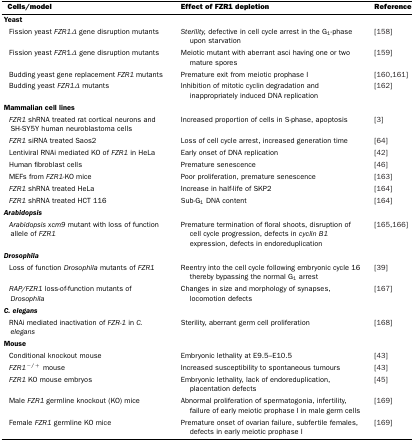
| Cells/model | Effect of FZR1 depletion | Reference |
 | --- | --- | --- |
 | <COLSPAN=3> Yeast |
 | Fission yeast FZR1Δ gene disruption mutants | Sterility, defective in cell cycle arrest in the G1-phase upon starvation | [158] |
 | Fission yeast FZR1Δ gene disruption mutants | Meiotic mutant with aberrant asci having one or two mature spores | [159] |
 | Budding yeast gene replacement FZR1 mutants | Premature exit from meiotic prophase I | [160,161] |
 | Budding yeast FZR1Δ mutants | Inhibition of mitotic cyclin degradation and inappropriately induced DNA replication | [162] |
 | <COLSPAN=3> Mammalian cell lines |
 | FZR1 shRNA treated rat cortical neurons and SH-SY5Y human neuroblastoma cells | Increased proportion of cells in S-phase, apoptosis | [3] |
 | FZR1 siRNA treated Saos2 | Loss of cell cycle arrest, increased generation time | [64] |
 | Lentiviral RNAi mediated KO of FZR1 in HeLa | Early onset of DNA replication | [42] |
 | Human fibroblast cells | Premature senescence | [46] |
 | MEFs from FZR1-KO mice | Poor proliferation, premature senescence | [163] |
 | FZR1 shRNA treated HeLa | Increase in half-life of SKP2 | [164] |
 | FZR1 shRNA treated HCT 116 | Sub-G1 DNA content | [164] |
 | <COLSPAN=3> Arabidopsis |
 | Arabidopsis xcm9 mutant with loss of function allele of FZR1 | Premature termination of floral shoots, disruption of cell cycle progression, defects in cyclin B1 expression, defects in endoreduplication | [165,166] |
 | <COLSPAN=3> Drosophila |
 | Loss of function Drosophila mutants of FZR1 | Reentry into the cell cycle following embryonic cycle 16 thereby bypassing the normal G1 arrest | [39] |
 | RAP/FZR1 loss-of-function mutants of Drosophila | Changes in size and morphology of synapses, locomotion defects | [167] |
 | <COLSPAN=3> C. elegans |
 | RNAi mediated inactivation of FZR-1 in C. elegans | Sterility, aberrant germ cell proliferation | [168] |
 | <COLSPAN=3> Mouse |
 | Conditional knockout mouse | Embryonic lethality at E9.5–E10.5 | [43] |
 | FZR1−/+ mouse | Increased susceptibility to spontaneous tumours | [43] |
 | FZR1 KO mouse embryos | Embryonic lethality, lack of endoreduplication, placentation defects | [45] |
 | Male FZR1 germline knockout (KO) mice | Abnormal proliferation of spermatogonia, infertility, failure of early meiotic prophase I in male germ cells | [169] |
 | Female FZR1 germline KO mice | Premature onset of ovarian failure, subfertile females, defects in early meiotic prophase I | [169] |